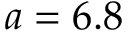
a = 6 . 8